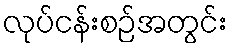
လုပ်ငန်းစဉ်အတွင်း